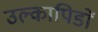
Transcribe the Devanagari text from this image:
उल्कापिडों